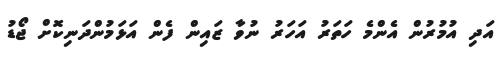
އަދި އުމުރުން އެންމެ ހަތަރު އަހަރު ނުވާ ޒައިން ފެން އަޅަމުންދަނިކޮށް ޖޯޑު